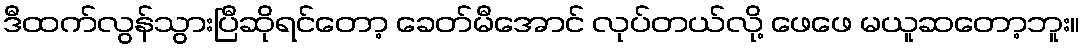
ဒီထက်လွန်သွားပြီဆိုရင်တော့ ခေတ်မီအောင် လုပ်တယ်လို့ ဖေဖေ မယူဆတော့ဘူး။